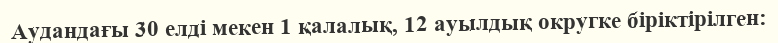
Аудандағы 30 елді мекен 1 қалалық, 12 ауылдық округке біріктірілген: